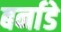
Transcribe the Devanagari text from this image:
बर्नाडे